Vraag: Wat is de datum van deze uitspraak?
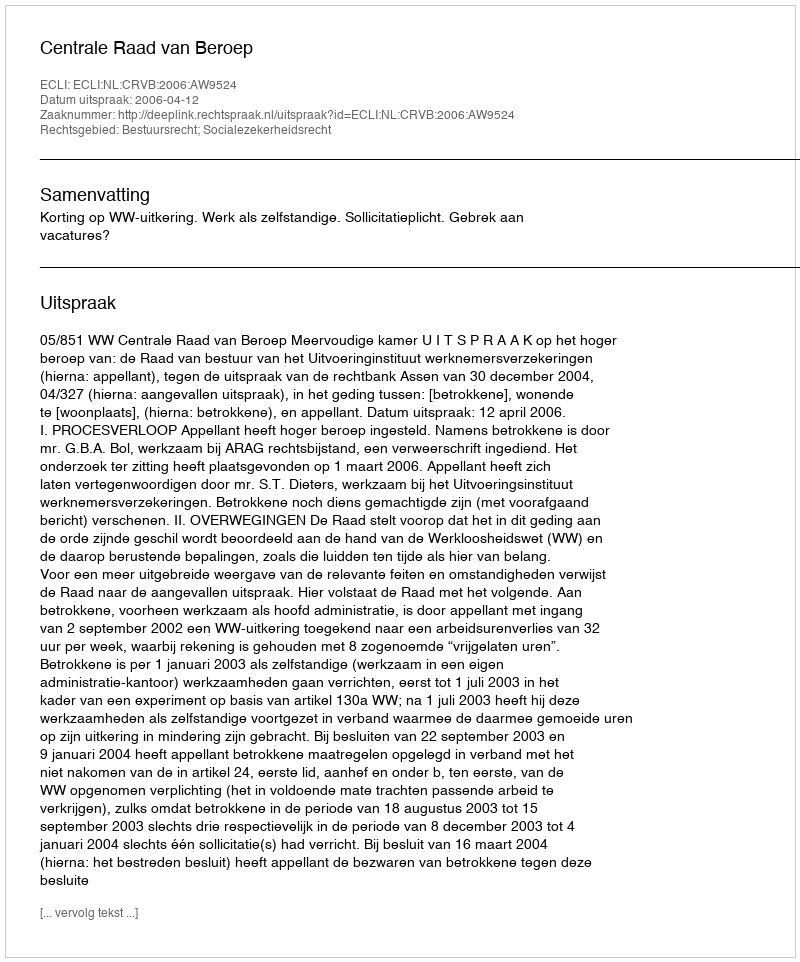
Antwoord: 2006-04-12